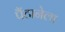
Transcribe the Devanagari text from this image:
पैंटानेला